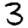
Digit: 3